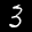
Label: 3